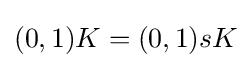
{\textstyle (0,1)K=(0,1)sK}